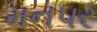
મનપર